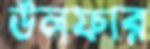
উলফার